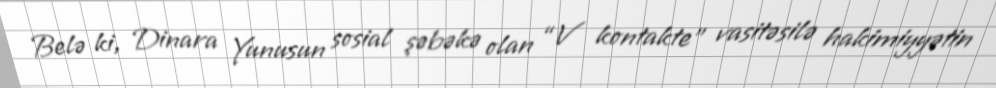
Belə ki, Dinara Yunusun sosial şəbəkə olan “V kontakte” vasitəsilə hakimiyyətin